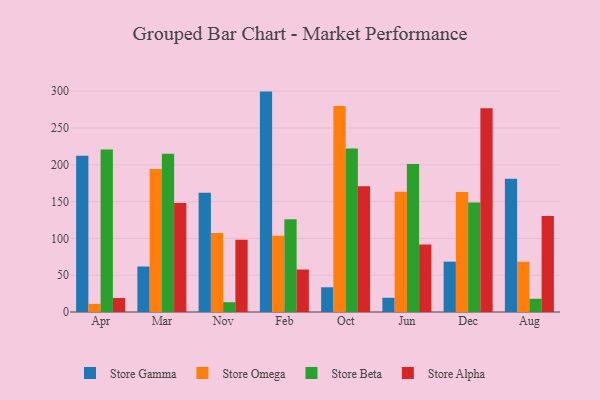
{"axis": {"x": "Month", "y": "Satisfaction Score"}, "legend": ["Store Alpha", "Store Beta", "Store Gamma", "Store Omega"], "data": [{"x": "Apr", "y": 212.3, "type": "Store Gamma"}, {"x": "Apr", "y": 11.0, "type": "Store Omega"}, {"x": "Apr", "y": 220.9, "type": "Store Beta"}, {"x": "Apr", "y": 19.0, "type": "Store Alpha"}, {"x": "Mar", "y": 61.8, "type": "Store Gamma"}, {"x": "Mar", "y": 194.4, "type": "Store Omega"}, {"x": "Mar", "y": 215.1, "type": "Store Beta"}, {"x": "Mar", "y": 148.2, "type": "Store Alpha"}, {"x": "Nov", "y": 162.1, "type": "Store Gamma"}, {"x": "Nov", "y": 107.5, "type": "Store Omega"}, {"x": "Nov", "y": 13.3, "type": "Store Beta"}, {"x": "Nov", "y": 98.3, "type": "Store Alpha"}, {"x": "Feb", "y": 299.5, "type": "Store Gamma"}, {"x": "Feb", "y": 103.7, "type": "Store Omega"}, {"x": "Feb", "y": 126.0, "type": "Store Beta"}, {"x": "Feb", "y": 57.7, "type": "Store Alpha"}, {"x": "Oct", "y": 33.6, "type": "Store Gamma"}, {"x": "Oct", "y": 279.8, "type": "Store Omega"}, {"x": "Oct", "y": 222.3, "type": "Store Beta"}, {"x": "Oct", "y": 170.9, "type": "Store Alpha"}, {"x": "Jun", "y": 19.3, "type": "Store Gamma"}, {"x": "Jun", "y": 163.3, "type": "Store Omega"}, {"x": "Jun", "y": 201.2, "type": "Store Beta"}, {"x": "Jun", "y": 91.6, "type": "Store Alpha"}, {"x": "Dec", "y": 68.4, "type": "Store Gamma"}, {"x": "Dec", "y": 162.9, "type": "Store Omega"}, {"x": "Dec", "y": 148.9, "type": "Store Beta"}, {"x": "Dec", "y": 276.8, "type": "Store Alpha"}, {"x": "Aug", "y": 181.1, "type": "Store Gamma"}, {"x": "Aug", "y": 68.3, "type": "Store Omega"}, {"x": "Aug", "y": 18.0, "type": "Store Beta"}, {"x": "Aug", "y": 130.5, "type": "Store Alpha"}]}